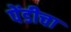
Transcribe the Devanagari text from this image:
पेंडीचा